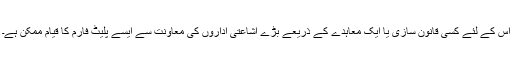
اس کے لئے کسی قانون سازی یا ایک معاہدے کے ذریعے بڑے اشاعتی اداروں کی معاونت سے ایسے پلیٹ فارم کا قیام ممکن ہے۔